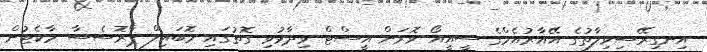
އިނގިރޭސިވިލާތުގެ އޭއާރުއެމްގެ ސީއީއޯ ވޮރަން އީސްޓް ވިދާޅުވި ގޮތުގައި މޮބައިލް ޕްރޮސެސާ މާކެޓުން